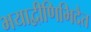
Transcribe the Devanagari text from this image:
भयाद्वीणिभिदैत्त